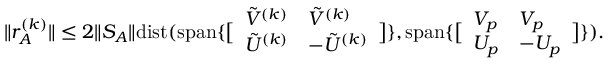
\| r _ { A } ^ { ( k ) } \| \leq 2 \| S _ { A } \| { \mathrm { d i s t } } ( { \mathrm { s p a n } } \{ \bigl [ \begin{array} { l l } { \tilde { V } ^ { ( k ) } } & { \tilde { V } ^ { ( k ) } } \\ { \tilde { U } ^ { ( k ) } } & { - \tilde { U } ^ { ( k ) } } \end{array} \bigr ] \} , { \mathrm { s p a n } } \{ \bigl [ \begin{array} { l l } { V _ { p } } & { V _ { p } } \\ { U _ { p } } & { - U _ { p } } \end{array} \bigr ] \} ) .